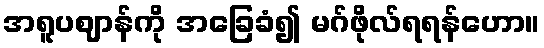
အရူပဈာန်ကို အခြေခံ၍ မဂ်ဖိုလ်ရရန်ဟော။